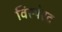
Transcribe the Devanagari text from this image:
विस्पेरद